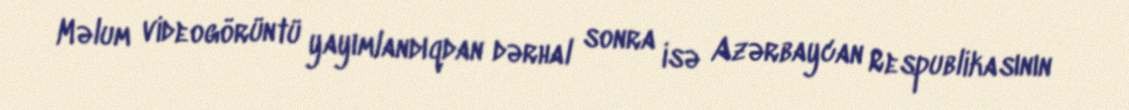
Məlum videogörüntü yayımlandıqdan dərhal sonra isə Azərbaycan Respublikasının